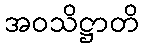
အဝသိဋ္ဌာတိ